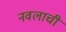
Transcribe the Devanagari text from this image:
नवलाची